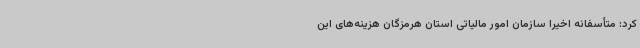
کرد: متأسفانه اخیراً سازمان امور مالیاتی استان هرمزگان هزینه‌های این